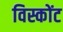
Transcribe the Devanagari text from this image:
विस्कोंट